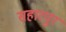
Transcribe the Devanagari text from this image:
सहारपुर